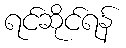
ရင်ဆိုင်ရန်